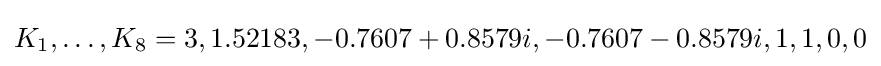
{K_{1},\dots ,K_{8}}={3,1.52183,-0.7607+0.8579i,-0.7607-0.8579i,1,1,0,0}